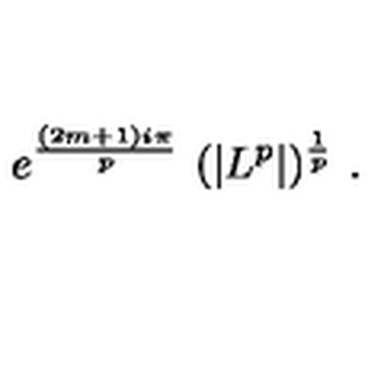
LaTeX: e ^ { \frac { ( 2 m + 1 ) i \pi } { p } } \ ( | L ^ { p } | ) ^ { \frac { 1 } { p } } \ .